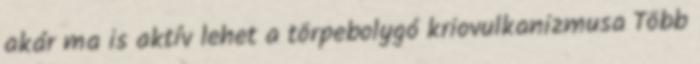
akár ma is aktív lehet a törpebolygó kriovulkanizmusa Több